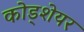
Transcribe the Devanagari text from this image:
कोड्शेयर